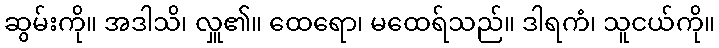
ဆွမ်းကို။ အဒါသိ၊ လှူ၏။ ထေရော၊ မထေရ်သည်။ ဒါရကံ၊ သူငယ်ကို။